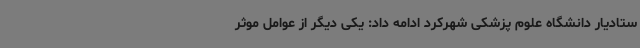
ستادیار دانشگاه علوم پزشکی شهرکرد ادامه داد: یکی دیگر از عوامل موثر